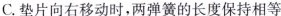
C.垫片向右移动时，两弹簧的长度保持相等